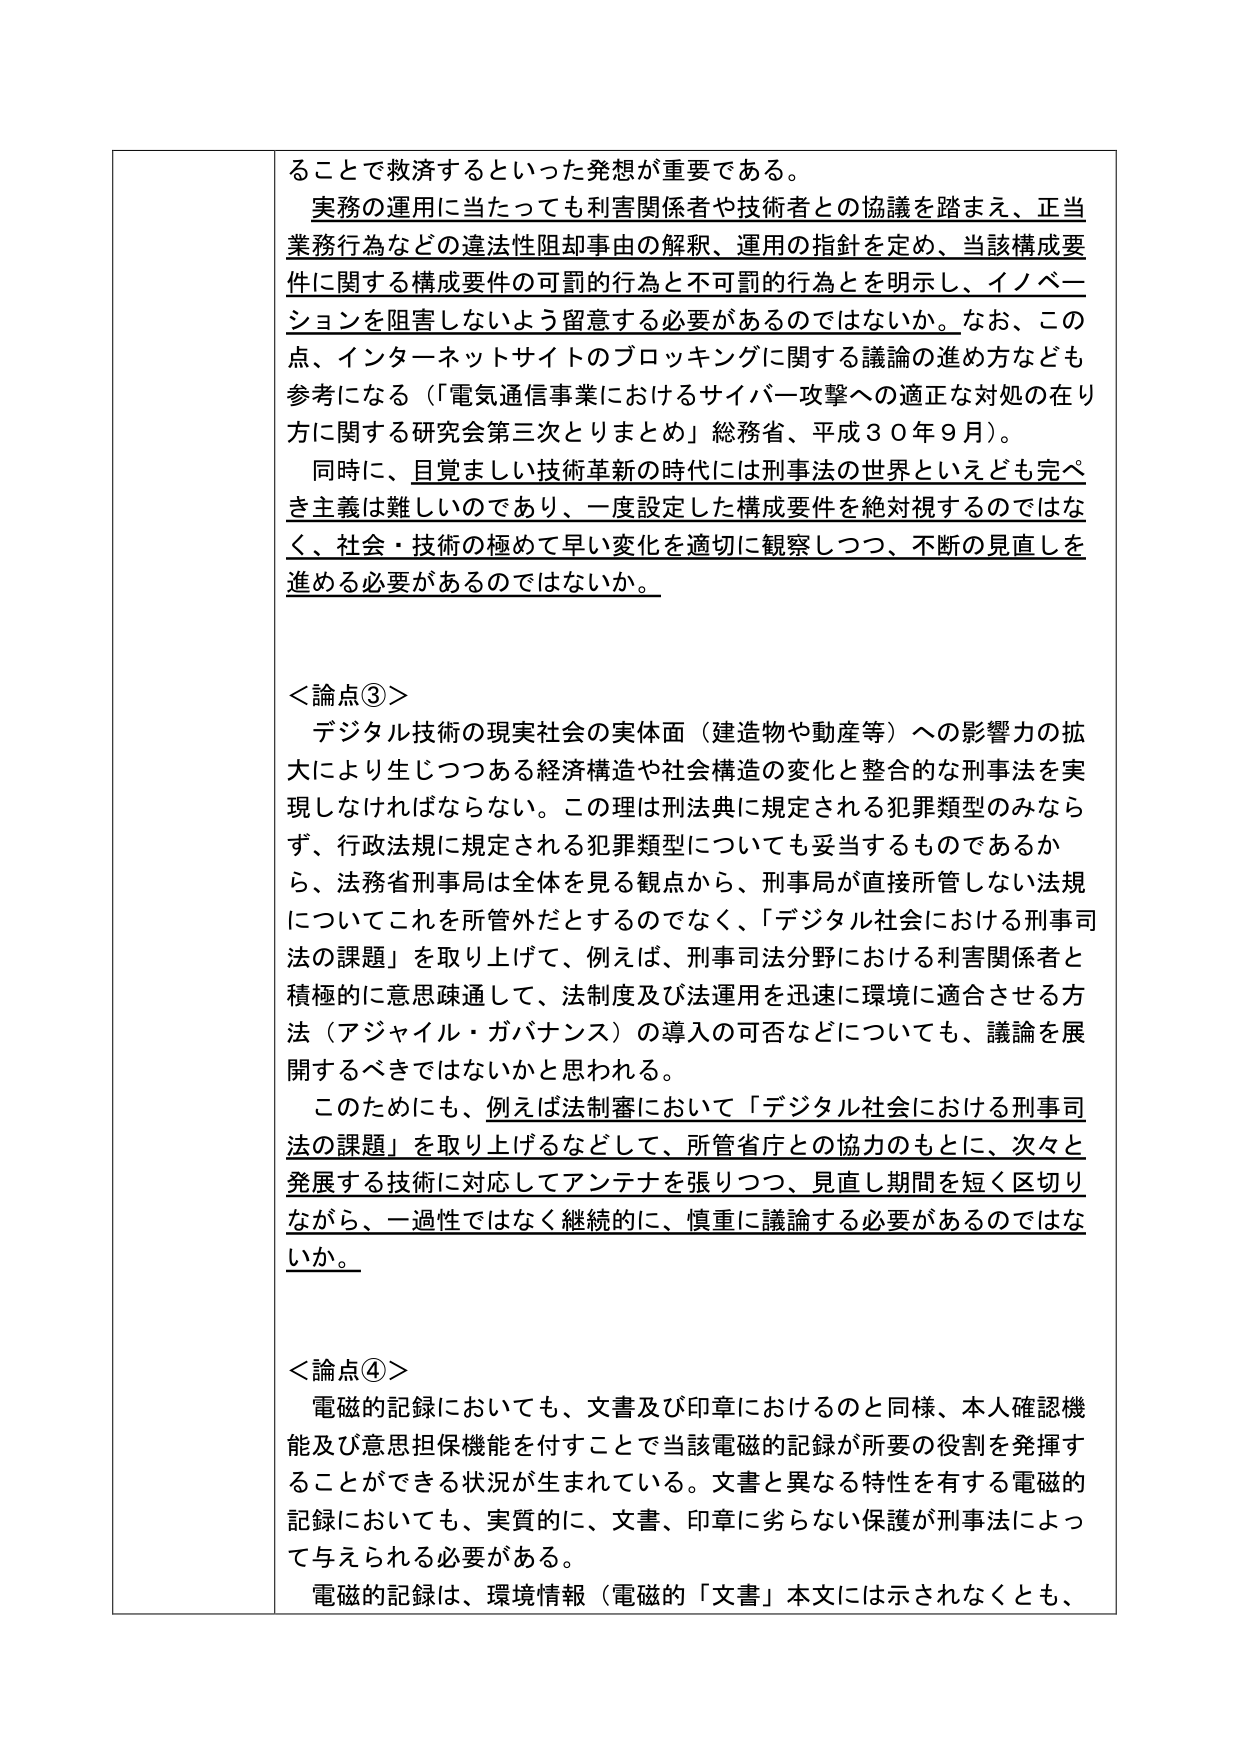
ることで救済するといった発想が重要である。

実務の運用に当たっても利害関係者や技術者との協議を踏まえ、正当業務行為などの違法性阻却事由の解釈、運用の指針を定め、当該構成要件に関する構成要件の可罰的行為と不可罰的行為とを明示し、イノベーションを阻害しないよう留意する必要があるのではないか。なお、この点、インターネットサイトのブロッキングに関する議論の進め方なども参考になる（「電気通信事業におけるサイバー攻撃への適正な対処の在り方に関する研究会第三次とりまとめ」総務省、平成３０年９月）。

同時に、目覚ましい技術革新の時代には刑事法の世界といえども完ぺき主義は難しいのであり、一度設定した構成要件を絶対視するのではなく、社会・技術の極めて早い変化を適切に観察しつつ、不断の見直しを進める必要があるのではないか。

＜論点③＞
デジタル技術の現実社会の実体面（建造物や動産等）への影響力の拡大により生じつつある経済構造や社会構造の変化と整合的な刑事法を実現しなければならない。この理は刑法典に規定される犯罪類型のみならず、行政法規に規定される犯罪類型についても妥当するものであるから、法務省刑事局は全体を見る観点から、刑事局が直接所管しない法規についてこれを所管外だとするのではなく、「デジタル社会における刑事司法の課題」を取り上げて、例えば、刑事司法分野における利害関係者と積極的に意思疎通して、法制度及び法運用を迅速に環境に適合させる方法（アジャイル・ガバナンス）の導入の可否などについても、議論を展開するべきではないかと思われる。

このためにも、例えば法制審において「デジタル社会における刑事司法の課題」を取り上げるなどして、所管省庁との協力のもとに、次々と発展する技術に対応してアンテナを張りつつ、見直し期間を短く区切りながら、一過性ではなく継続的に、慎重に議論する必要があるのではないか。

＜論点④＞
電磁的記録においても、文書及び印章におけるのと同様、本人確認機能及び意思担保機能を付すことで当該電磁的記録が所要の役割を発揮することができる状況が生まれている。文書と異なる特性を有する電磁的記録においても、実質的に、文書、印章に劣らない保護が刑事法によって与えられる必要がある。

電磁的記録は、環境情報（電磁的「文書」本文には示されなくとも、